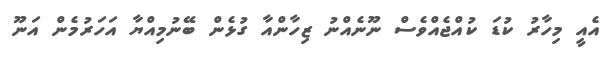
އެއީ މިހާރު ކުޑަ ކުއްޖެއްވެސް ނޫނެއްނު ޒިހާންއާ ގުޅެން ބޭނުމިއްޔާ އަހަރުމެން އަނޫ